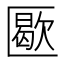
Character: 𠥜